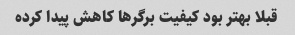
قبلا بهتر بود کیفیت برگر‌ها کاهش پیدا کرده